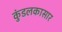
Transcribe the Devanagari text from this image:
कुंडलकासार